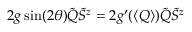
2 g \sin ( 2 \theta ) \tilde { Q } \tilde { S } ^ { z } = 2 g ^ { \prime } ( \left\langle Q \right\rangle ) \tilde { Q } \tilde { S } ^ { z }